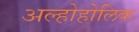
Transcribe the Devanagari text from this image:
अल्होहोलिक